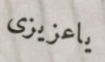
ياعزيزى